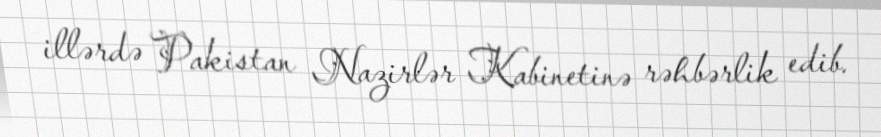
illərdə Pakistan Nazirlər Kabinetinə rəhbərlik edib.